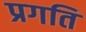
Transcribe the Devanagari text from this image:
प्रगति